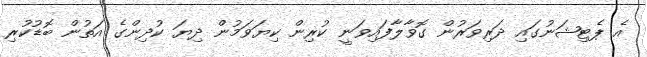
އެ ޕެޓިޝަނުގައި ދަރިވަރުން ގޮވާލާފައިވަނީ ކުރިން ކިޔަވަމުން ދިޔަ ކުދިންގެ އަތުން ބޮޑުކުރި